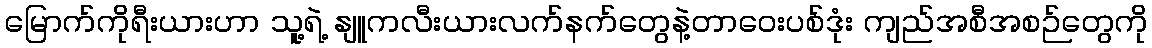
မြောက်ကိုရီးယားဟာ သူ့ရဲ့ နျူကလီးယားလက်နက်တွေနဲ့တာဝေးပစ်ဒုံး ကျည်အစီအစဉ်တွေကို